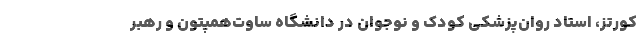
کورتز، استاد روان‌پزشکی کودک و نوجوان در دانشگاه ساوت‌همپتون و رهبر